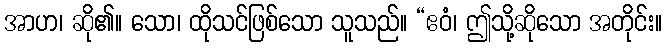
အာဟ၊ ဆို၏။ သော၊ ထိုသင်ဖြစ်သော သူသည်။ “ဧဝံ၊ ဤသို့ဆိုသော အတိုင်း။